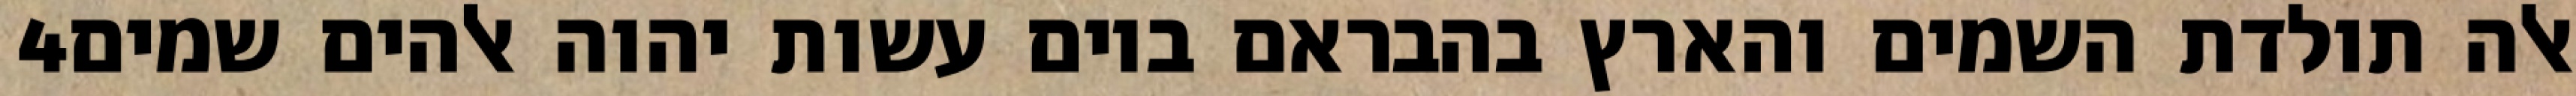
‎4‏ אלה תולדת השמים והארץ בהבראם ביום עשות יהוה אלהים שמים